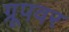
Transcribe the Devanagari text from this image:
ग्रूपवर